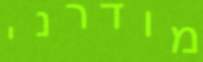
מודרני